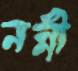
নন্নী